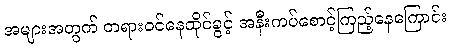
အများအတွက် တရားဝင်နေထိုင်ခွင့် အနီးကပ်စောင့်ကြည့်နေကြောင်း